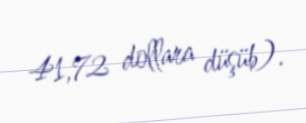
41,72 dollara düşüb).